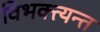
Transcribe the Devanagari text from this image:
विभक्त्यन्त